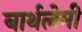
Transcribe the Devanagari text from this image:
बार्थलेमी